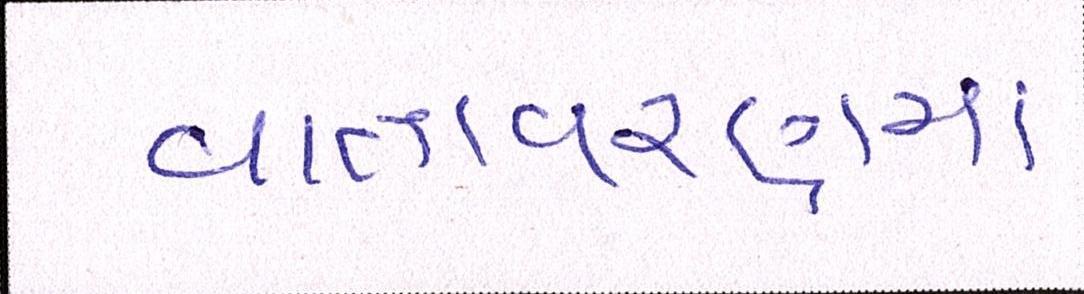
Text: વાતવરણમાં